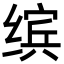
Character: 缤